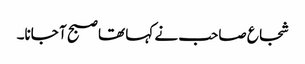
شجاع صاحب نے کہا تھا صبح آ جانا۔